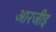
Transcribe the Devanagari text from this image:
आरजीइ